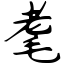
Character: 耄